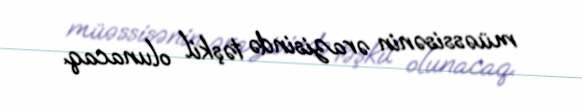
müəssisənin ərazisində təşkil olunacaq.